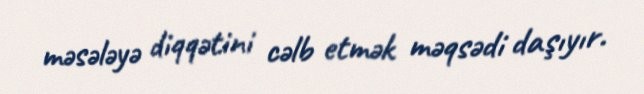
məsələyə diqqətini cəlb etmək məqsədi daşıyır.